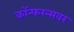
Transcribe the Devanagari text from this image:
कॉन्फरन्सवर